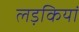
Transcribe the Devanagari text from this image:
लड़कियां